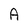
Character: A